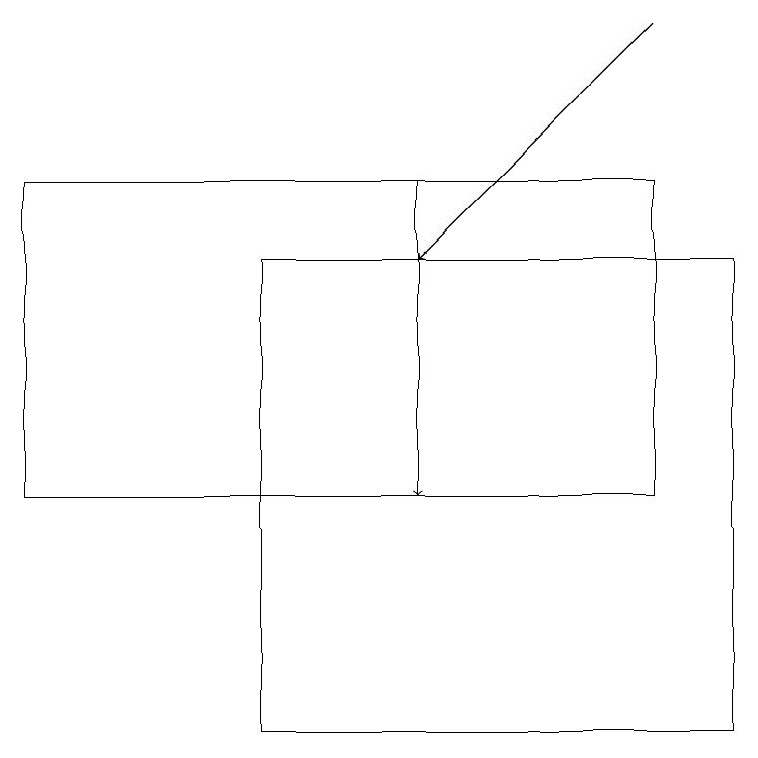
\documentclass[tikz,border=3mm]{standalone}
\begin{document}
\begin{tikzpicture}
\draw (3,16) rectangle (9,10);
\draw[->] (5,17) -- (5,13);
\draw (8,17) rectangle (0,13);
\draw[->] (8,19) -- (5,16);
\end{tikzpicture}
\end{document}